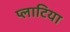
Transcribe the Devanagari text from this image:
प्लाटिया